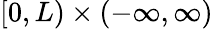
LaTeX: [0,L)\times(-\infty,\infty)